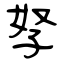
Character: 孥